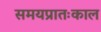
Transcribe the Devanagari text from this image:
समयप्रातःकाल